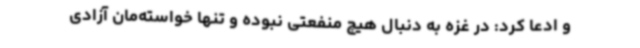
و ادعا کرد: در غزه به دنبال هیچ منفعتی نبوده و تنها خواسته‌مان آزادی